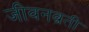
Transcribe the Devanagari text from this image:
जीवनव्रती